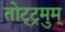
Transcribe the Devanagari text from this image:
तोट्ट्रमुम्